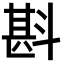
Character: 斟